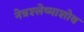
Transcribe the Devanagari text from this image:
नेत्रश्लेष्माशोथ